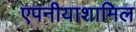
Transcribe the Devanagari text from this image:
एपनीयाशामिल